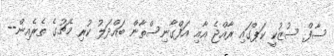
ސާފް ސުޒުކީ ކަޕްގައި ރާއްޖެ އާއި އަފްގާނިސްތާން ބައްދަލު ކުރި މެޗުގެ ތެރެއިން--